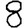
Digit: 8